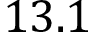
1 3 . 1